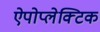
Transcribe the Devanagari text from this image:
ऐपोप्लेक्टिक